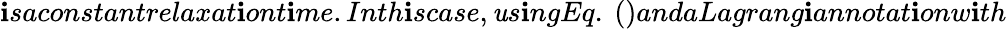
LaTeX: \mathbf{i}saconstantrelaxat\mathbf{i}ont\mathbf{i}me.Inth\mathbf{i}scase,\mathit{u}s\mathbf{i}ngEq.~()andaLagrang\mathbf{i}annotat\mathbf{i}onw\mathbf{i}th